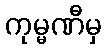
ကုမ္မဏီမှ